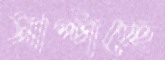
সাপ্‌টাচ্ছে